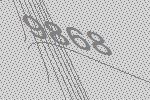
9868